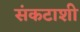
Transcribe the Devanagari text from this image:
संकटाशी